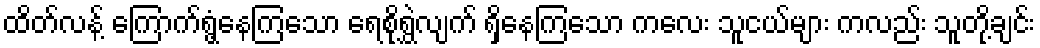
ထိတ်လန့် ကြောက်ရွံ့နေကြသော ရေစိုရွှဲလျက် ရှိနေကြသော ကလေး သူငယ်များ ကလည်း သူတို့ချင်း